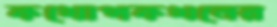
কথোপকথনের